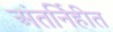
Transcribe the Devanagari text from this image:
अंतर्निहीत